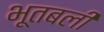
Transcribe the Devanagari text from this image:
भूतबली